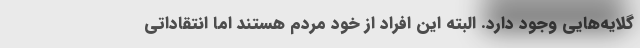
گلایه‌هایی وجود دارد. البته این افراد از خود مردم هستند اما انتقاداتی